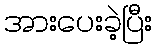
အားပေးခဲ့ပြီး